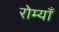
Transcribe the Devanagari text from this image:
रोम्याँ